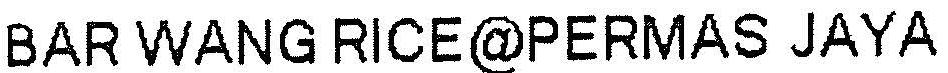
BAR WANG RICE@PERMAS JAYA